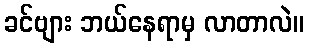
ခင်ဗျား ဘယ်နေရာမှ လာတာလဲ။